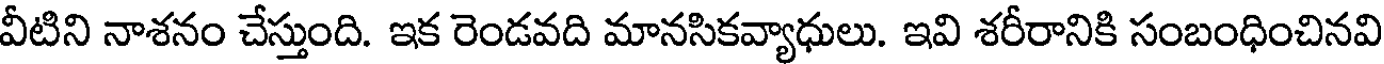
వీటిని నాశనం చేస్తుంది. ఇక రెండవది మానసికవ్యాధులు. ఇవి శరీరానికి సంబంధించినవి